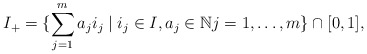
\begin{align*}I_+=\{ \sum_{j=1}^m a_j i_j\mid i_j\in I, a_j\in \mathbb N j=1,\dots,m\}\cap [0,1],\end{align*}